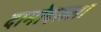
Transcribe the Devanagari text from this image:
दामोदराला